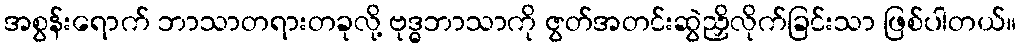
အစွန်းရောက် ဘာသာတရားတခုလို့ ဗုဒ္ဓဘာသာကို ဇွတ်အတင်းဆွဲညှိလိုက်ခြင်းသာ ဖြစ်ပါတယ်။